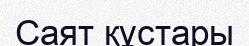
Саят құстары